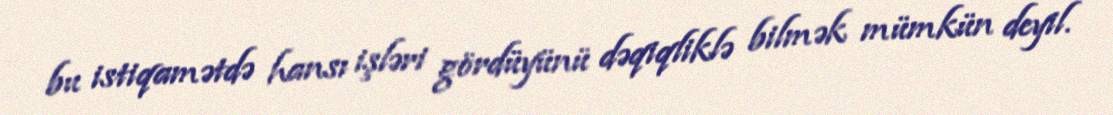
bu istiqamətdə hansı işləri gördüyünü dəqiqliklə bilmək mümkün deyil.